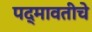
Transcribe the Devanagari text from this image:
पद्मावतीचे